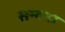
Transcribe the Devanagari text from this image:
सन्दना